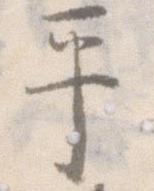
平